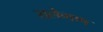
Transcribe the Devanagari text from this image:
रालेगण